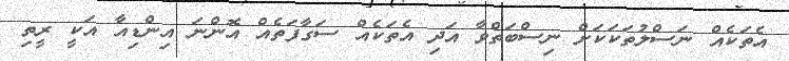
އެތަކެއް ނަސްލުތަކަކަށް ނިސްބަތްވާ އަދި އެތަކެއް ސަގާފަތެއް އޮންނަ އިންޑިއާ އަކީ ރީތި